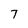
Character: 7